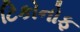
ટિકોનોફ